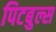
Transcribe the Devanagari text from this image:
पिटबुल्स